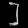
Digit: ၂